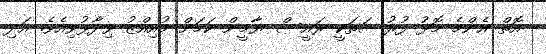
އޮތް އެންމެ މޮޅު ފުރުސަތަކީ ރައީސް ޔާމީން ކަމަށް މުއިއްޒު ވިދާޅުވިއެވެ. އަދި